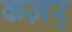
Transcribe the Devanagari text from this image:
कज़र्